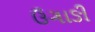
ઉગાઙી